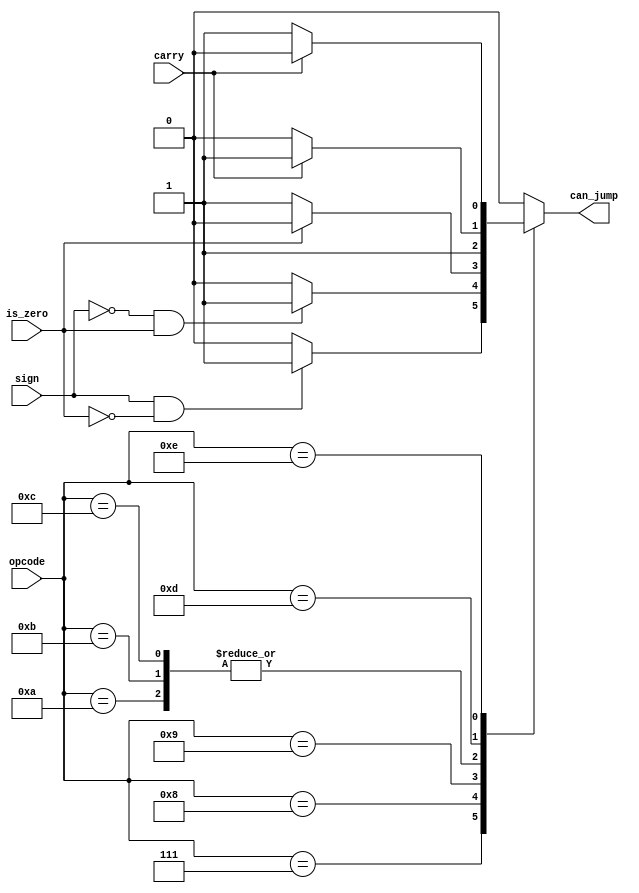
`timescale 1ns / 1ps

module jump_control(
	input [5:0] opcode,
	input sign,
	input carry,
	input is_zero,
	output reg can_jump
   );
	
	always @(*) begin
		case (opcode)
			6'b000111:
			begin
				if(sign && !is_zero)
					can_jump = 1;
				else
					can_jump = 0;
			end
			6'b001000:
			begin
				if(!sign && is_zero)
					can_jump = 1;
				else
					can_jump = 0;
			end
			6'b001001:
            begin
                if (!is_zero)
                    can_jump = 1;
                else 
                    can_jump = 0;
            end
            6'b001010: can_jump = 1;
            6'b001011: can_jump = 1;
            6'b001100: can_jump = 1;
            6'b001101:
            begin
                if (carry)
                    can_jump = 1;
                else 
                    can_jump = 0;
            end
            6'b001110:
            begin
                if (!carry)
                    can_jump = 1;
                else 
                    can_jump = 0;
            end
            default: can_jump = 0;
		endcase
	end


endmodule